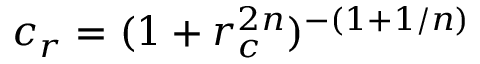
c _ { r } = ( 1 + r _ { c } ^ { 2 n } ) ^ { - ( 1 + 1 / n ) }